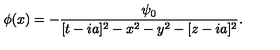
\phi ( x ) = - { \frac { \psi _ { 0 } } { [ t - i a ] ^ { 2 } - x ^ { 2 } - y ^ { 2 } - [ z - i a ] ^ { 2 } } } .